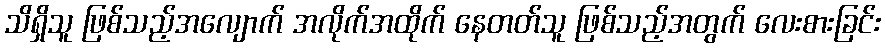
သိရှိသူ ဖြစ်သည့်အလျောက် အလိုက်အထိုက် နေတတ်သူ ဖြစ်သည့်အတွက် လေးစားခြင်း